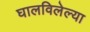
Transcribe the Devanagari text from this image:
घालविलेल्या